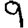
Digit: 9